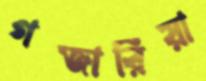
গজারিয়া